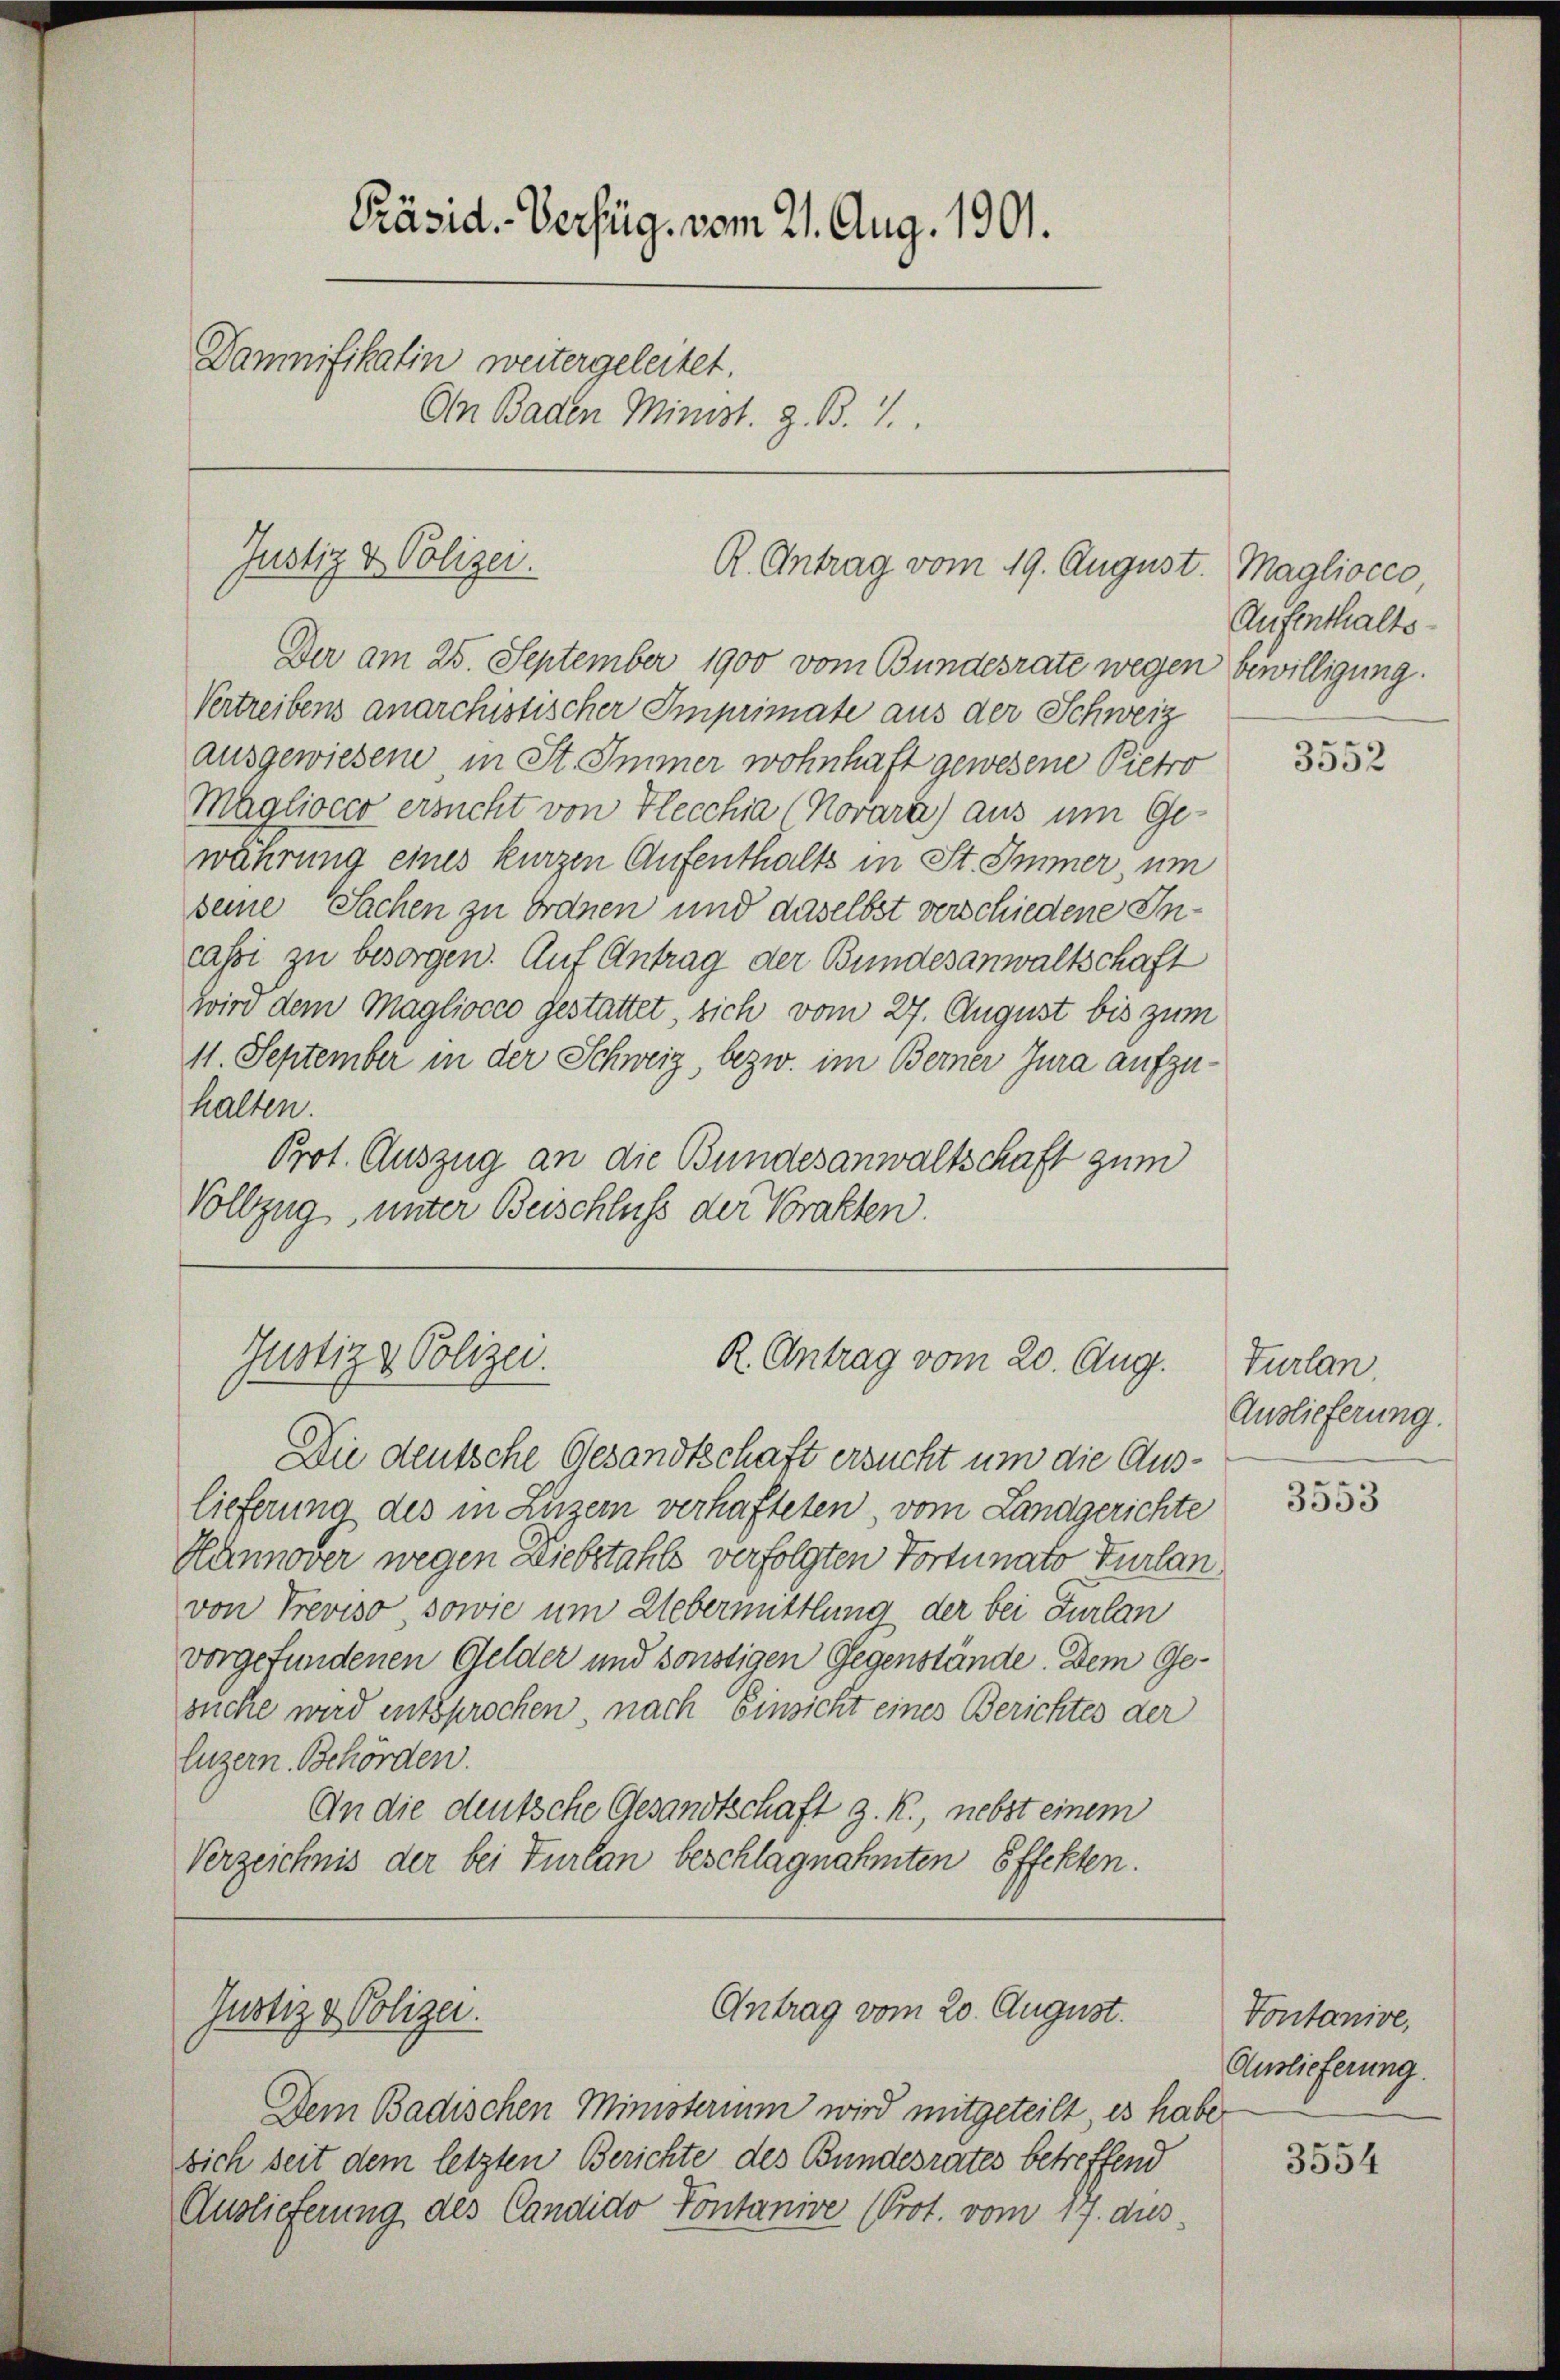
Präsid. Verfüg, vom 21. Aug. 1901.
Damnifikatin weitergeleitet.
On Baden Minist. z. B. 1.

Justiz & Polizei.
R. Antrag vom 19. August.

Der am 25. September 1900 vom Bundesrate wegen bewilligung.
Vertreibens anarchistischer Imprimate aus der Schweiz
ausgewiesene in St. Immer wohnhaft gewesene Pietro
Maglioces ersucht von Flecchia Novarz) aus um Gewährung eines kurzen Aufenthalts in St. Immer, um
seine Sachen zu Ordnen und daselbst verschiedene Incassi zu besorgen. Auf Antrag der Bundesanwaltschaft
wird dem Magliocco gestattet, sich vom 27. August bis zum
11. September in der Schweiz, bezw. im Berner Jura aufzuhalten.
Prot. Auszug an die Bundesanwaltschaft zum
Vollzug, unter Beischluss der Prakten.

Justiz & Polizei.
R. Antrag vom 20. Aug.

Justiz & Polizei.

Antrag vom 20. August.

Dem Badischen Ministerium wird mitgeteilt es haber
sich seit dem letzten Berichte des Bundesrates betreffend
Auslieferung des Candido Fontanive (Prot. vom 17. dies

Die deutsche Gesandtschaft ersucht um die Auslieferung des in Luzern verhafteten, vom Landgerichte
Hannover wegen Diebstahls verfolgten Tortunato Turlan
von Treviso, sowie um Uebermittlung der bei Furlan
vorgefundenen Gelder und sonstigen Gegenstände. Dem Gesuche wird entsprochen, nach einsicht eines Berichtes der
luzern. Behörden.
An die deutsche Gesandtschaft z. R., nebst einem
Verzeichnis der bei Turlan beschlagnahmten Effekten.

Magliocco
Aufenthalts-

3552

Turlan
Auslieferung.

3553

Vontanive,
Auslieferung.

3554